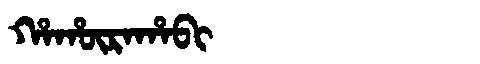
Manchu: ᡥᠠᡥᡡᡵᠠᡥᠠᠪᡳ
Romanization: HAHŪRAHABI